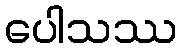
ပေါသဿ